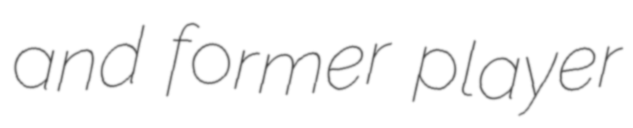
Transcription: and former player